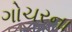
ગોચરના